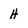
Character: H